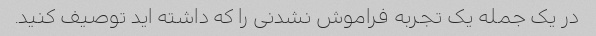
در یک جمله یک تجربه فراموش نشدنی را که داشته اید توصیف کنید.